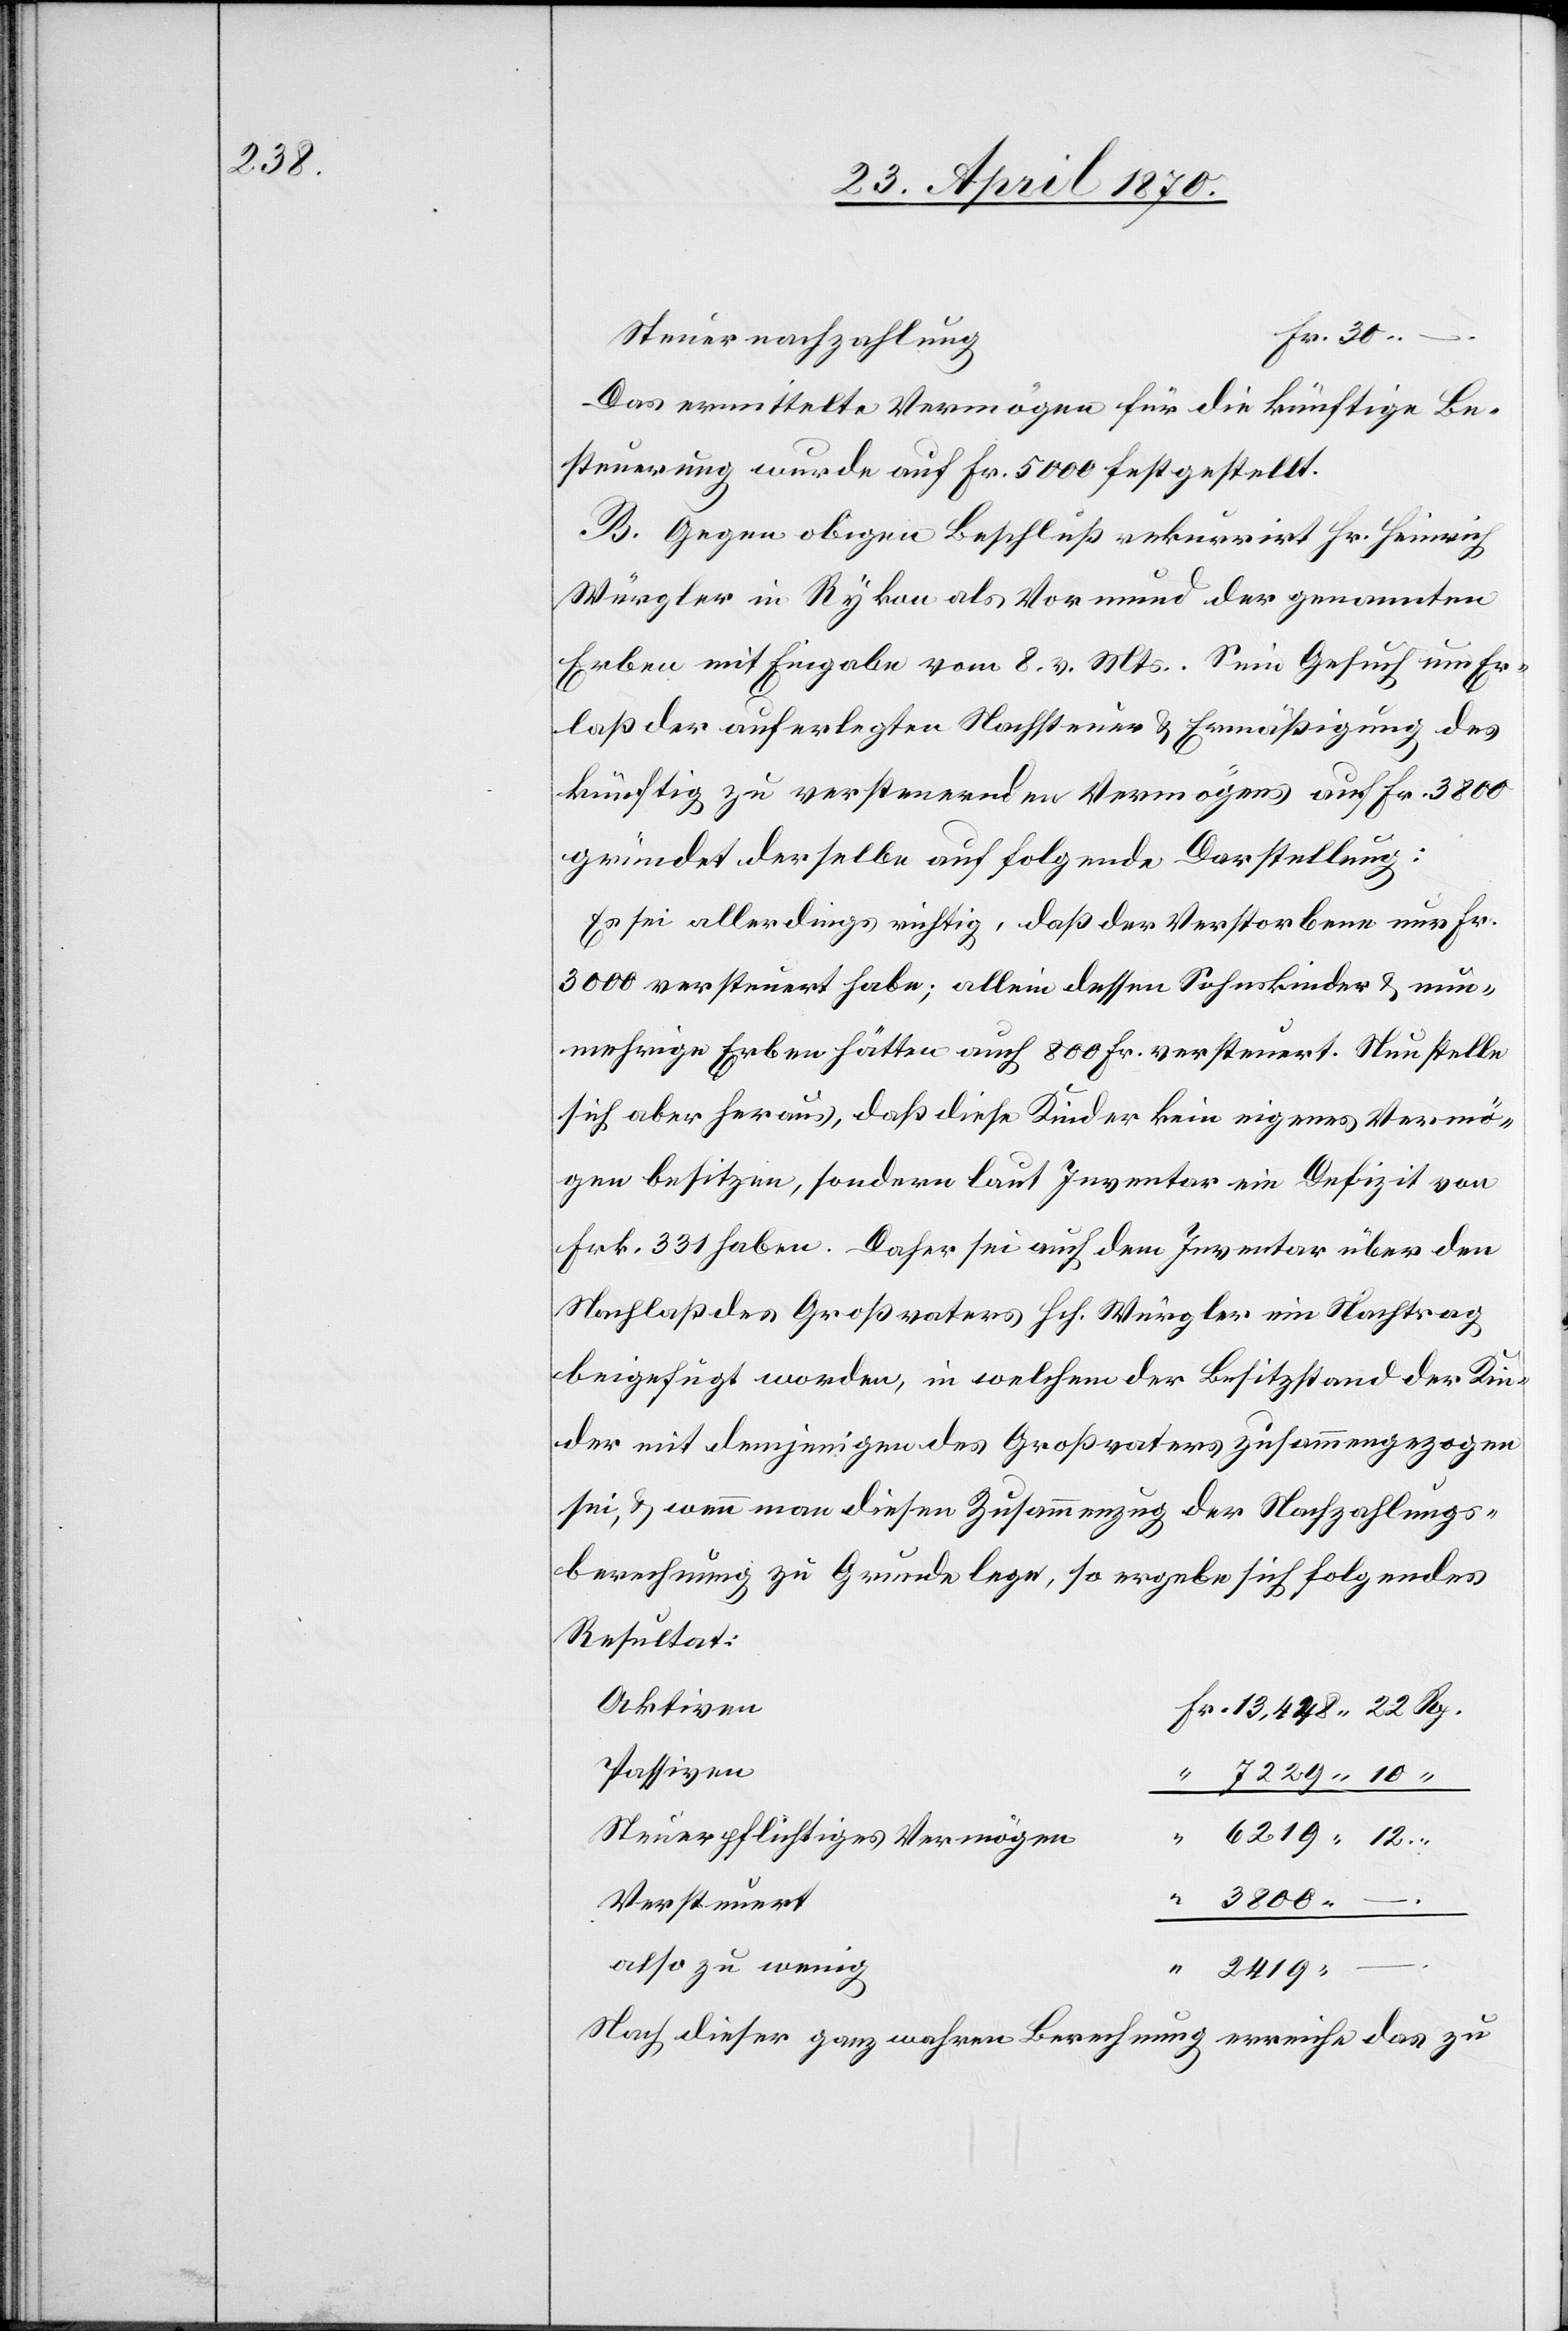
2419.

Fr.
Steuernachzahlung
Das ermittelte Vermögen für die künftige Be¬
steuerung wurde auf Fr. 5000 festgestellt.
B. Gegen obigen Beschluß rekurrirt Hr. Heinrich
Würgler in Rykon als Vormund der genannten
Erben mit Eingabe vom 8. v. Mts. Sein Gesuch um Er¬
laß der auferlegten Nachsteuer & Ermäßigung des
künftig zu versteuernden Vermögens auf Fr. 3800
gründet derselbe auf folgende Darstellung:
Es sei allerdings richtig, daß der Verstorbene nur Fr.
3000 versteuert habe; allein dessen Sohnskinder & nun¬
mehrige Erben hätten auch 800 Fr. versteuert. Nun stelle
sich aber heraus, daß diese Kinder kein eigenes Vermö¬
gen besitzen, sondern laut Inventar ein Defizit von
Frk. 331 haben. Daher sei auch dem Inventar über den
Nachlaß des Großvaters Hch. Würgler im Nachtrag
beigefügt worden, in welchem der Besitzstand der Kin¬
der mit demjenigen des Großvaters zusammengezogen
sei, & wenn man diesen Zusammenzug der Nachzahlungs¬
berechnung zu Grunde lege, so ergebe sich folgendes
Resultat:
Aktiven
Passiven
7229.10
Steuerpflichtiges Vermögen
Versteuert
–
also zu wenig
Nach dieser ganz wahren Berechnung erreiche das zu